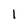
Character: I